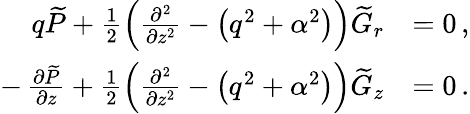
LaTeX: \begin{array}{rl}{q\widetilde{P}+\frac{1}{2}\left(\frac{\partial^{2}}{\partial z^{2}}-\left(q^{2}+\alpha^{2}\right)\right)\widetilde{G}_{r}}&{=0\, ,}\\ {-\, \frac{\partial\widetilde{P}}{\partial z}+\frac{1}{2}\left(\frac{\partial^{2}}{\partial z^{2}}-\left(q^{2}+\alpha^{2}\right)\right)\widetilde{G}_{z}}&{=0\, .}\end{array}